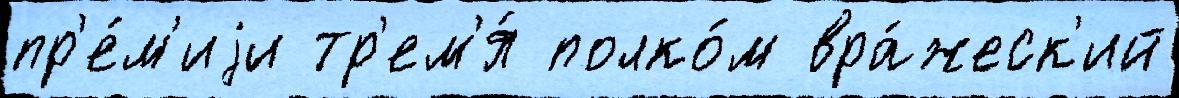
пр'е́м'иjи тр'ем'я́ полко́м вра́жеск'ий